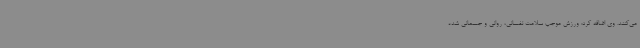
می‌کنند. وی اضافه کرد: ورزش موجب سلامت نفسانی، روانی و جسمانی شده